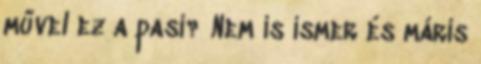
művel ez a pasi? Nem is ismer és máris